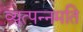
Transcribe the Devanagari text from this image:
व्युत्पन्नमति